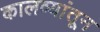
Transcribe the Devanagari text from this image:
कालव्यांतून